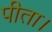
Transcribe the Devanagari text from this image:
पीता।